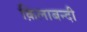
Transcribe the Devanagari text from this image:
क़िलाबन्दी